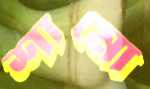
শামো